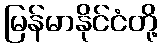
မြန်မာနိုင်ငံတို့